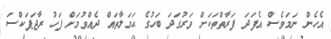
އެހެން ނަމަވެސް އެފަދަ ފަރާތްތަކަށް ވަރުގަދަ ބަހުގެ ޙަމަލާތައް ދެއްވުމަށް ފަހު ރާޖަޕަކްސަ